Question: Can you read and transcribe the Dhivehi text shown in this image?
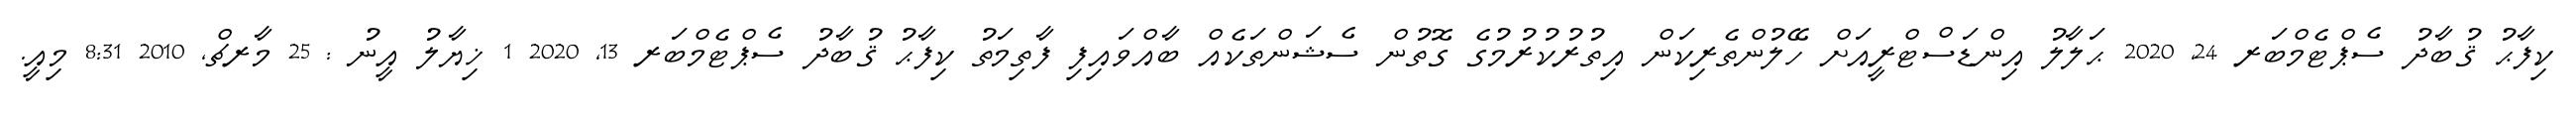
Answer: ކިފާޙު ޤުބާދު ސެޕްޓެމްބަރ 24, 2020 ޙަލާލު އިންޑަސްޓްރީއަށް ހޭލުންތެރިކަން އިތުރުކުރުމުގެ ގޮތުން ސެޝަންތަކެއް ބާއްވައިފި ފާތިމަތު ކިފާޙު ޤުބާދު ސެޕްޓެމްބަރ 13, 2020 1 ޚިޔާލު އީނު : 25 މާރޗް, 2010 8:31 މިއީ.